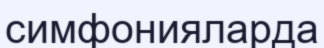
симфонияларда